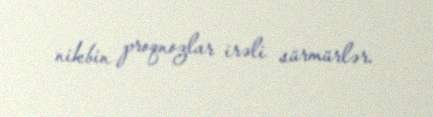
nikbin proqnozlar irəli sürmürlər.